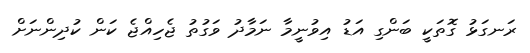
ރަނގަޅު ގޮތަކީ ބަންގި އަޑު އިވުނީމާ ނަމާދު ވަގުތު ޖެހިއްޖެ ކަން ކުދިންނަށް